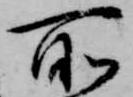
所